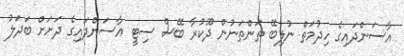
އާސަންދައިގެ ހިދުމަތް ނުލިބޭ ތަންތަނުން ދޫކުރާ ބޭސް ސިޓީ އާސަންދައިގެ ދަށަށް ބަދަލު